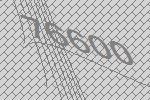
76600